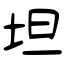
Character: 坦